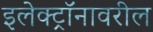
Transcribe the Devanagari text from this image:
इलेक्ट्रॉनावरील